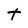
Character: t